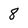
Character: 8